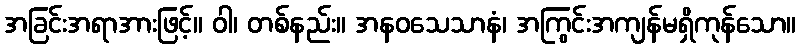
အခြင်းအရာအားဖြင့်။ ဝါ၊ တစ်နည်း။ အနဝသေသာနံ၊ အကြွင်းအကျန်မရှိကုန်သော။